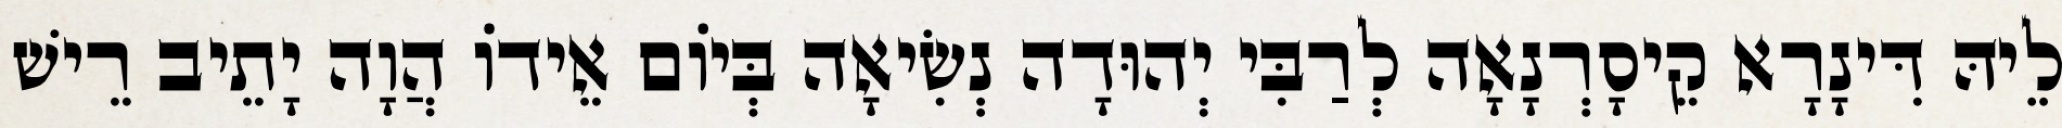
לֵיהּ דִּינָרָא קֵיסָרְנָאָה לְרַבִּי יְהוּדָה נְשִׂיאָה בְּיוֹם אֵידוֹ הֲוָה יָתֵיב רֵישׁ